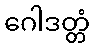
ဂေါဒတ္တံ